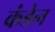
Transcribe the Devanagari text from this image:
कंडेन